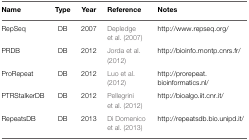
| Name | Type | Year | Reference | Notes |
 | --- | --- | --- | --- | --- |
 | RepSeq | DB | 2007 | Depledge et al. (2007) | http://www.repseq.org/ |
 | PRDB | DB | 2012 | Jorda et al. (2012) | http://bioinfo.montp.cnrs.fr/ |
 | ProRepeat | DB | 2012 | Luo et al. (2012) | http://prorepeat. bioinformatics.nl/ |
 | PTRStalkerDB | DB | 2012 | Pellegrini et al. (2012) | http://bioalgo.iit.cnr.it/ |
 | RepeatsDB | DB | 2013 | Di Domenico et al. (2013) | http://repeatsdb.bio.unipd.it/ |